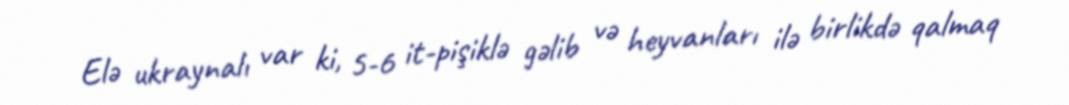
Elə ukraynalı var ki, 5-6 it-pişiklə gəlib və heyvanları ilə birlikdə qalmaq